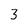
Character: 3